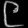
Digit: ၉